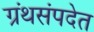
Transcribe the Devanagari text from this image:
ग्रंथसंपदेत